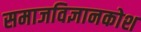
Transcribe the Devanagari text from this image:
समाजविज्ञानकोश